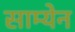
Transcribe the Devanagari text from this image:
साम्येन